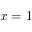
x = 1